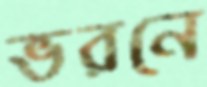
ভরনে